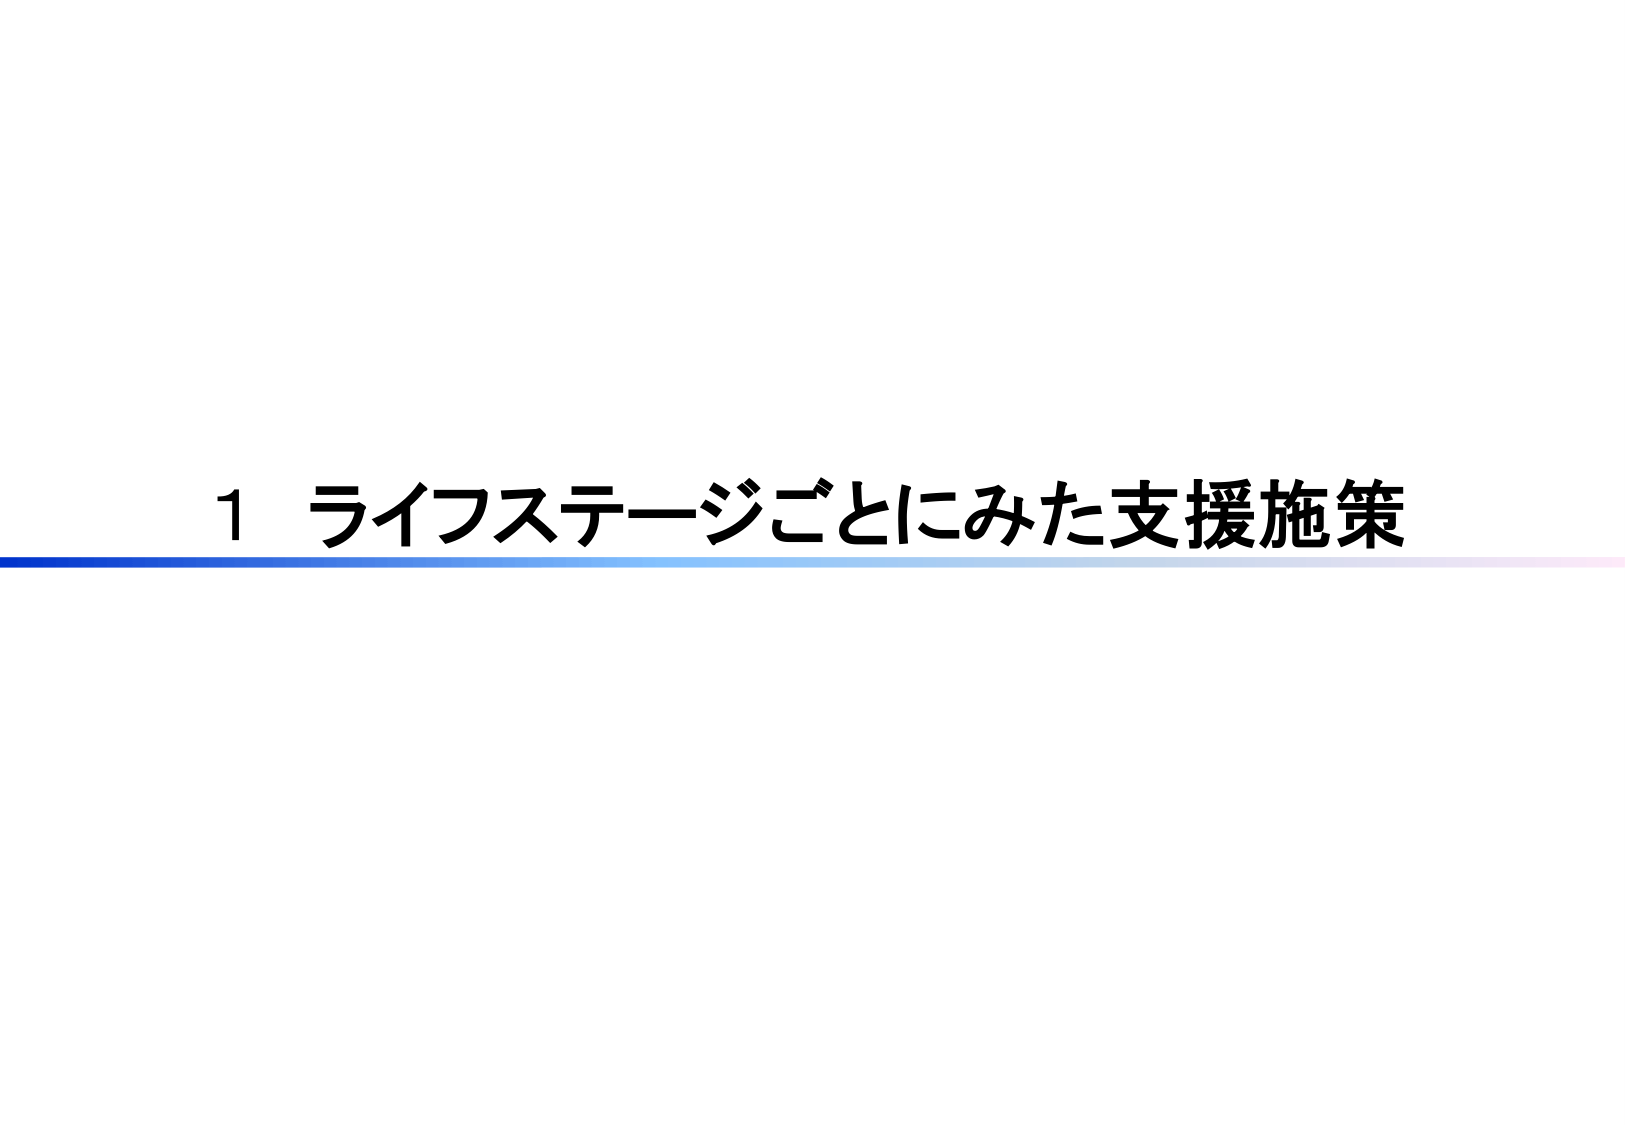
1 ライフステージごとにみた支援施策